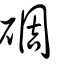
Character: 碉